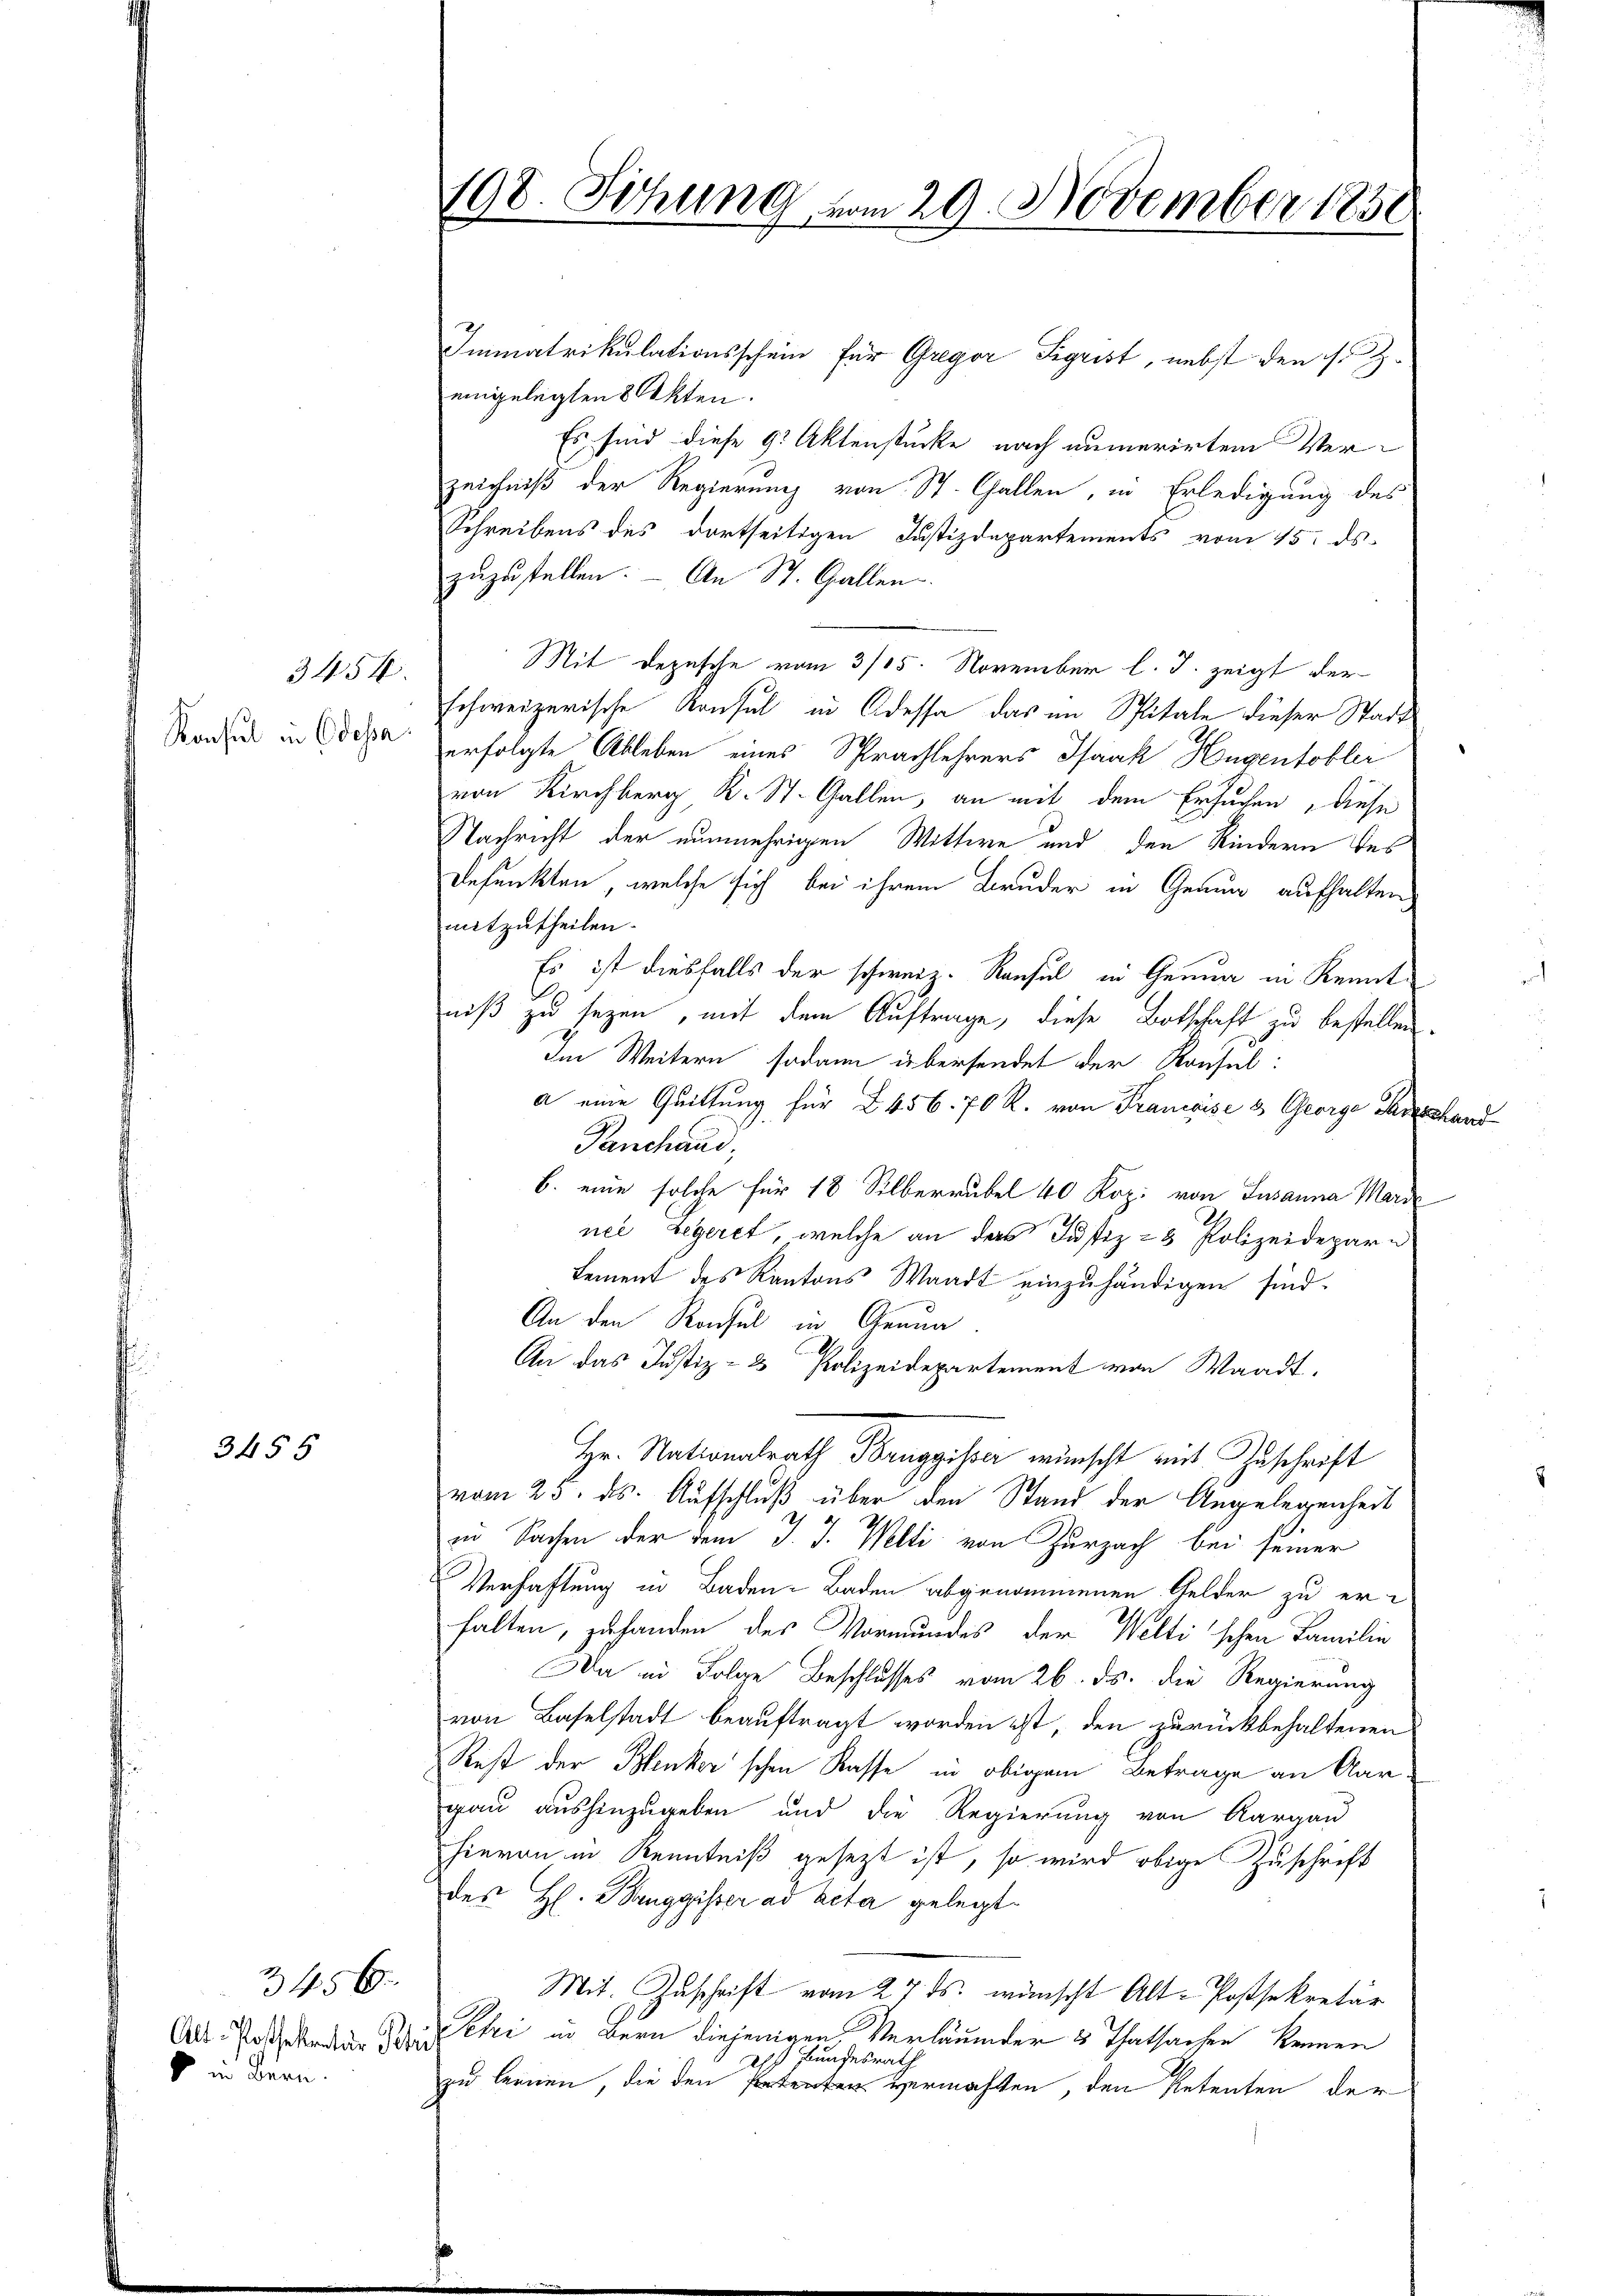
3454
Konsul in Edesa

3455

2 45 x
Alt-Posthekentar Febr
v in Bern.

198. Sitzung vom 29. November 1858

Immatrikulationsschein für Gregor Sigrist, nebst den s. Z.
eingelegten 8 Akten.
Es sind diese 92 Aktenstücke nach aumerirten Verzeichniß der Regierung von St. Gallen, in Erledigung des
Schreibens des dortseitigen Justizdepartements vom 15. ds.
zŭzŭstellen. An St. Gallen
Mit Depesche vom 3/05. November l. J. zeigt der
schweizerische Konsul in Adessa das im Spitale dieser Stadt
erfolgte Ableben eines Sprachlehrers Isaak Hungentobler
von Kirchberg, K. St. Gallen, an mit dem Ersuchen, diese
Nachricht der nunmehrigen Wittwe und den Kindern des
Refunkten, welche sich bei ihrem Bruder in Genug aufhalten
mitzutheilen.
Es ist diesfalls der schweiz. Konsul in Genua in Kennt
niß zu sezen, mit dem Auftrage, diese Botschaft zu bestellen.
Im Weitern sodann übersendet der Konsul:
a eine Quittung für 2 456. 70 R. von Francise & George Dauerhand
Panchand,
B. eine solche für 18 Silberrubel 40 Kop. von Susanna Marie
nee begeret, welche an das Justiz- & Polizeideparn
Lement des Kantons Waadt einzuhändigen sind.
An den Konsul in Gerun
An das Justiz- & Polizeidepartement von Waadt,
Hr. Nationalrath Bruggisser wünscht mit Zuschrift
vom 23. ds. Aufschluß über den Stand der Angelegenheit
in Sachen der dem J. J. Welti von Zurzach bei seiner
Verhaftung in Baden- Baden abgenommenen Gelder zu erhalten, zu handen des Vormundes der Weltischen Familie
Da in Folge Beschlusses vom 26. ds. die Regierung
von Baselstadt beauftragt worden ist, den zurückbehaltenen
Rest der Blenker'schen Rasse in obigem Betrage an Aargau aushinzugeben und die Regierung von Aargau
hievon in Kenntniß gesezt ist, so wird obige Zuschrift
des H. Banggisser ad acta gelegt
Mit. Geschrift vom 27. ds. wünscht Alt-Postsekretär
Petri in Bern diejenigen Verläumder 3 Thatsachen kennen
Als Bundesrath
zu lernen, die den vermachten, den Petenten der